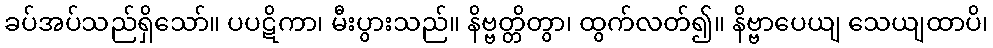
ခပ်အပ်သည်ရှိသော်။ ပပဋိကာ၊ မီးပွားသည်။ နိဗ္ဗတ္တိတွာ၊ ထွက်လတ်၍။ နိဗ္ဗာပေယျ သေယျထာပိ၊